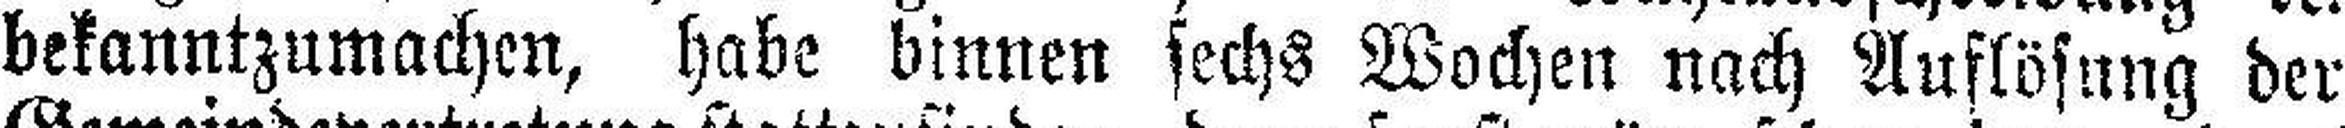
bekanntzumachen, habe binnen sechs Wochen nach Auflösung der